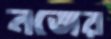
নজের